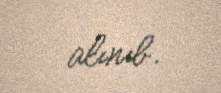
alınıb.